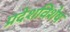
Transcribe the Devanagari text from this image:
प्रदेशविशेष